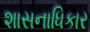
શાસનાધિકાર